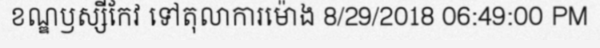
ខណ្ឌឫស្សីកែវ ទៅតុលាការម៉ោង 8/29/2018 06:49:00 PM